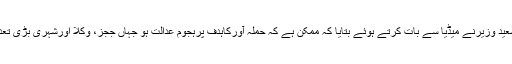
ڈی آئی جی مردان سعید وزیرنے میڈیا سے بات کرتے ہوئے بتایا کہ ممکن ہے کہ حملہ آورکاہدف پرہجوم عدالت ہو جہاں ججز، وکلا اورشہری بڑی تعداد موجود ہوتے ہیں۔